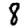
Digit: 8